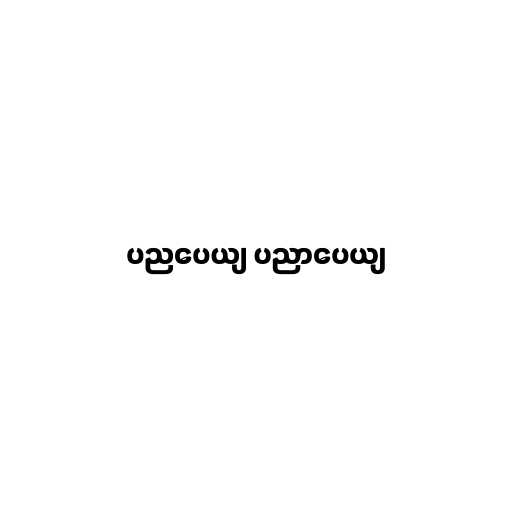
ပညပေယျ ပညာပေယျ